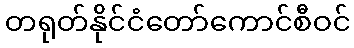
တရုတ်နိုင်ငံတော်ကောင်စီဝင်